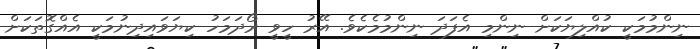
ނިންމުމަކީ ކުއްލިޔަކަށް ނިންމި އެފަދަ ނިންމުމެކެވެ. އޭރު ހީވީ ރޯދަމަހު ކިޔަވައިދިނުމަކީ އެއްގޮތަކަށް